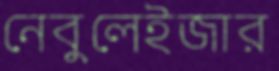
নেবুলেইজার